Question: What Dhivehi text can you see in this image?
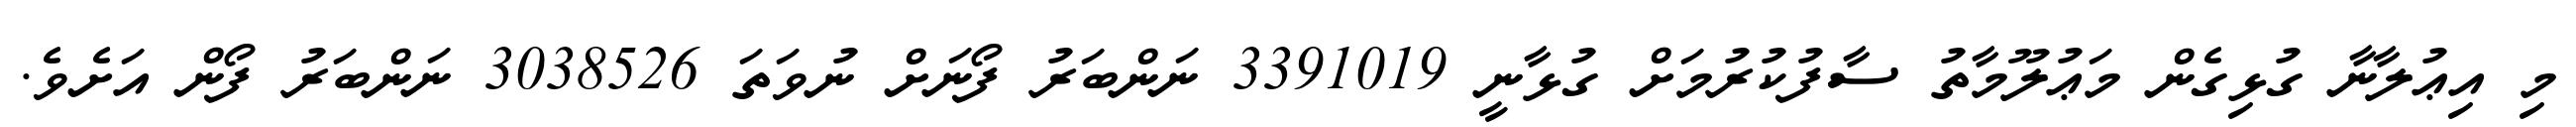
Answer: މި އިޢުލާނާ ގުޅިގެން މަޢުލޫމާތު ސާފުކުރުމަށް ގުޅާނީ 3391019 ނަންބަރު ފޯނަށް ނުވަތަ 3038526 ނަންބަރު ފޯން އަށެވެ.